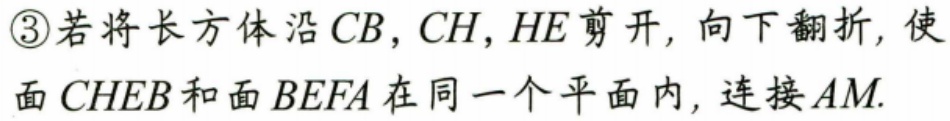
\textcircled{3}若将长方体沿 \(CB\)，\(CH\)，\(HE\) 剪开，向下翻折，使
面 \(CHEB\) 和面 \(BEFA\) 在同一个平面内，连接 \(AM\).